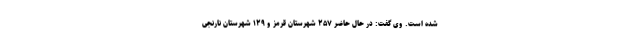
شده است. وی گفت: در حال حاضر ۲۵۷ شهرستان قرمز و ۱۲۹ شهرستان نارنجی